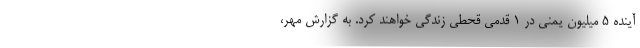
آینده ۵ میلیون یمنی در ۱ قدمی قحطی زندگی خواهند کرد. به گزارش مهر،